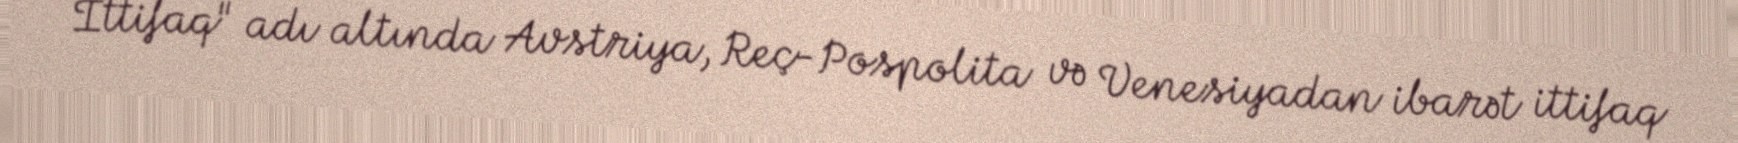
İttifaq" adı altında Avstriya, Reç-Pospolita və Venesiyadan ibarət ittifaq